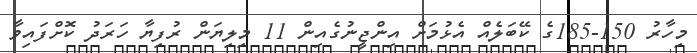
މިހާރު 150-185ގެ ކޭބަލެއް އެޅުމަށް އިންޖީނުގެއިން 11 މިލިޔަން ރުފިޔާ ހަރަދު ކޮށްފައިވާ